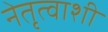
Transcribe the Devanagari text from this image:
नेतृत्वाशी